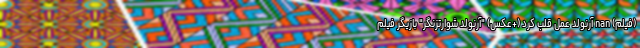
(فیلم) nan آرنولد عمل قلب کرد (+عکس) "آرنولد شوارتزنگر" بازیگر فیلم